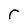
Character: r